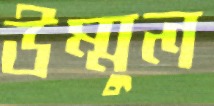
উম্মুল